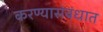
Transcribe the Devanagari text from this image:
करण्यासंबंधात